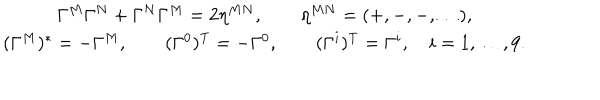
LaTeX: \begin{array} { c } { { \Gamma ^ { M } \Gamma ^ { N } + \Gamma ^ { N } \Gamma ^ { M } = 2 \eta ^ { M N } , \qquad \eta ^ { M N } = ( + , - , - , \dots ) , } } \\ { { ( \Gamma ^ { M } ) ^ { * } = - \Gamma ^ { M } , \qquad ( \Gamma ^ { 0 } ) ^ { \mathrm { T } } = - \Gamma ^ { 0 } , \qquad ( \Gamma ^ { i } ) ^ { \mathrm { T } } = \Gamma ^ { i } , \quad i = 1 , \dots , 9 . } } \\ \end{array}